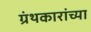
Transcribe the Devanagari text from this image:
ग्रंथकारांच्या